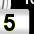
Digit: 5